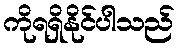
ကိုရရှိနိုင်ပါသည်